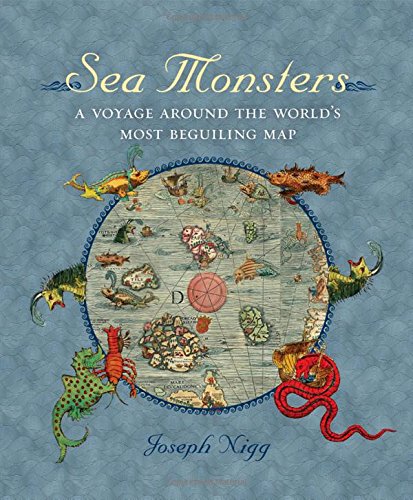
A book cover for Sea Monsters: A Voyage around the World's Most Beguiling Map; Joseph Nigg; Science & Math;